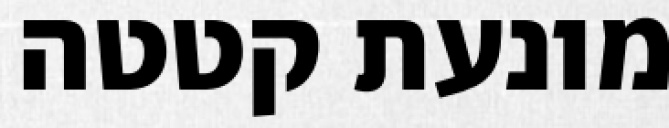
מונעת קטטה